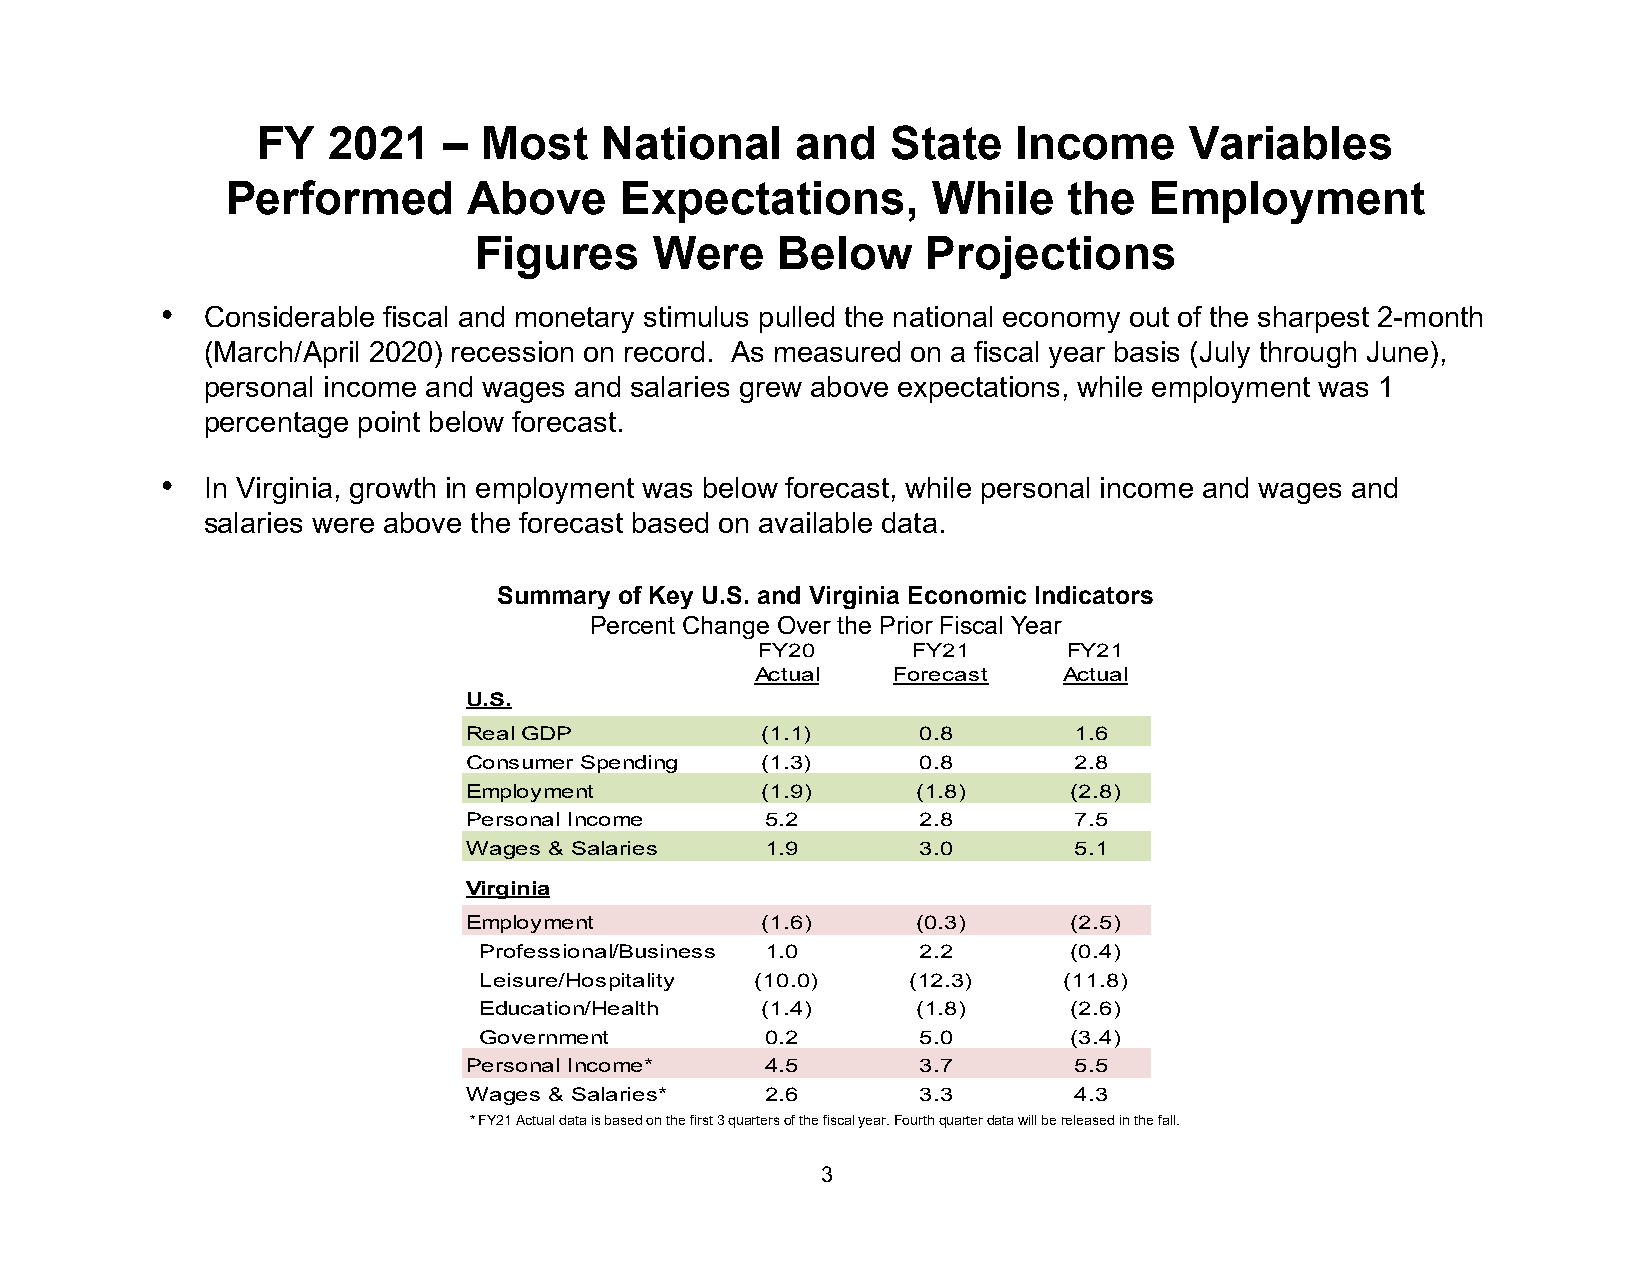
FY   2021   –  Most    National     and   State   Income      Variables
 Performed       Above     Expectations,        While    the  Employment
 Figures     Were    Below     Projections
 • Considerable fiscal and monetary stimulus pulled the national economy out of the sharpest 2-month
 (March/April 2020) recession on record. As measured on a fiscal year basis (July through June),
 personal income and wages and salaries grew above expectations, while employment was 1
 percentage point below forecast.
 • In Virginia, growth in employment was below forecast, while personal income and wages and
 salaries were above the forecast based on available data.
 Summary of Key U.S. and Virginia Economic Indicators
 Percent Change Over the Prior Fiscal Year
 FY20      FY21       FY21
 Actual   Forecast   Actual
 U.S.
 Real GDP           (1.1)      0.8       1.6
 Consumer Spending  (1.3)      0.8       2.8
 Employment         (1.9)      (1.8)     (2.8)
 Personal Income     5.2       2.8       7.5
 Wages & Salaries    1.9       3.0       5.1
 Virginia
 Employment         (1.6)      (0.3)     (2.5)
 Professional/Business 1.0    2.2       (0.4)
 Leisure/Hospitality (10.0)  (12.3)    (11.8)
 Education/Health  (1.4)      (1.8)     (2.6)
 Government         0.2       5.0       (3.4)
 Personal Income*    4.5       3.7       5.5
 Wages & Salaries*   2.6       3.3       4.3
 * FY21 Actual data is based on the first 3 quarters of the fiscal year. Fourth quarter data will be released in the fall.
 3